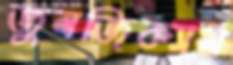
জুলজিক্যাল